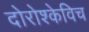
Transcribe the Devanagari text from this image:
दोरोश्केविच